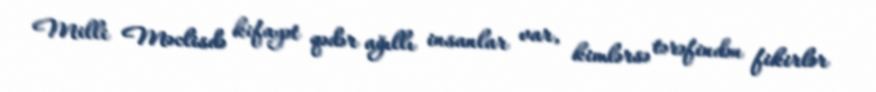
Milli Məclisdə kifayət qədər ağıllı insanlar var, kimlərsə tərəfindən fikirlər